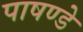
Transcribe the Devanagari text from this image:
पाषण्डे